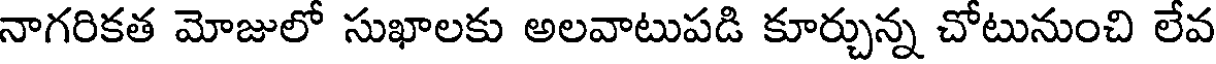
నాగరికత మోజులో సుఖాలకు అలవాటుపడి కూర్చున్న చోటునుంచి లేవ